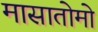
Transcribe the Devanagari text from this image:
मासातोमो